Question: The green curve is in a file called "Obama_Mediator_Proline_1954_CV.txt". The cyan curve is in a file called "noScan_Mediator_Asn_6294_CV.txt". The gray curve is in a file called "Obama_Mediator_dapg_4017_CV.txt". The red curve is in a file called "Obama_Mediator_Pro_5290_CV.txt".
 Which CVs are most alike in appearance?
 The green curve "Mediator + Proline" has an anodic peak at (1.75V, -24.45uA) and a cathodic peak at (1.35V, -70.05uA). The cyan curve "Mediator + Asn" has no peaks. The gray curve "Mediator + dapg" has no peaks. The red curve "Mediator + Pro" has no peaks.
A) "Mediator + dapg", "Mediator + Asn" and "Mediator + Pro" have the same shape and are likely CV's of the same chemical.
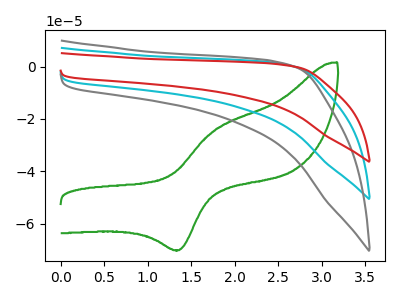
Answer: <think>"Mediator + Proline" and "Mediator + Asn" have a different number of peaks. "Mediator + Proline" and "Mediator + dapg" have a different number of peaks. "Mediator + Proline" and "Mediator + Pro" have a different number of peaks. Neither "Mediator + Asn" or "Mediator + dapg" have any peaks. Neither "Mediator + Asn" or "Mediator + Pro" have any peaks. Neither "Mediator + dapg" or "Mediator + Pro" have any peaks.
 </think>
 <answer>A) "Mediator + dapg", "Mediator + Asn" and "Mediator + Pro" have the same shape and are likely CV's of the same chemical.</answer>
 <eval>A</eval>